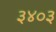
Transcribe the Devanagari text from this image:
३४०३